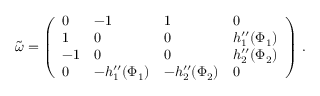
\begin{array} { r } { \tilde { \omega } = \left( \begin{array} { l l l l } { 0 } & { - 1 } & { 1 } & { 0 } \\ { 1 } & { 0 } & { 0 } & { h _ { 1 } ^ { \prime \prime } ( \Phi _ { 1 } ) } \\ { - 1 } & { 0 } & { 0 } & { h _ { 2 } ^ { \prime \prime } ( \Phi _ { 2 } ) } \\ { 0 } & { - h _ { 1 } ^ { \prime \prime } ( \Phi _ { 1 } ) } & { - h _ { 2 } ^ { \prime \prime } ( \Phi _ { 2 } ) } & { 0 } \end{array} \right) \, . } \end{array}